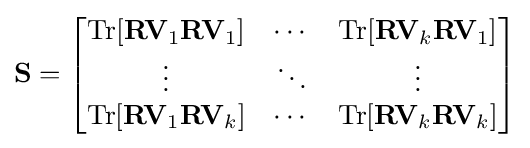
\mathbf {S} ={\begin{bmatrix}\mathrm {Tr} [\mathbf {R} \mathbf {V} _{1}\mathbf {R} \mathbf {V} _{1}]&\cdots &\mathrm {Tr} [\mathbf {R} \mathbf {V} _{k}\mathbf {R} \mathbf {V} _{1}]\\\vdots &\ddots &\vdots \\\mathrm {Tr} [\mathbf {R} \mathbf {V} _{1}\mathbf {R} \mathbf {V} _{k}]&\cdots &\mathrm {Tr} [\mathbf {R} \mathbf {V} _{k}\mathbf {R} \mathbf {V} _{k}]\end{bmatrix}}